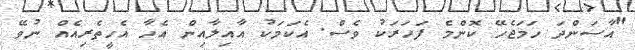
"އާސަންދަ ހަމަޖެހޭ ކޮންމެ ފަހަރަކު ވެސް. އެކަމަކު އާއިލާއިން އެހާ އެހީތެރިއެއް ނުވޭ